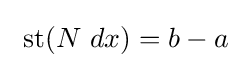
\ \operatorname {st} (N\ dx)=b-a